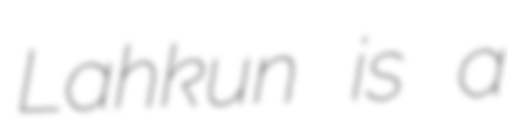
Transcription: Lahkun is a